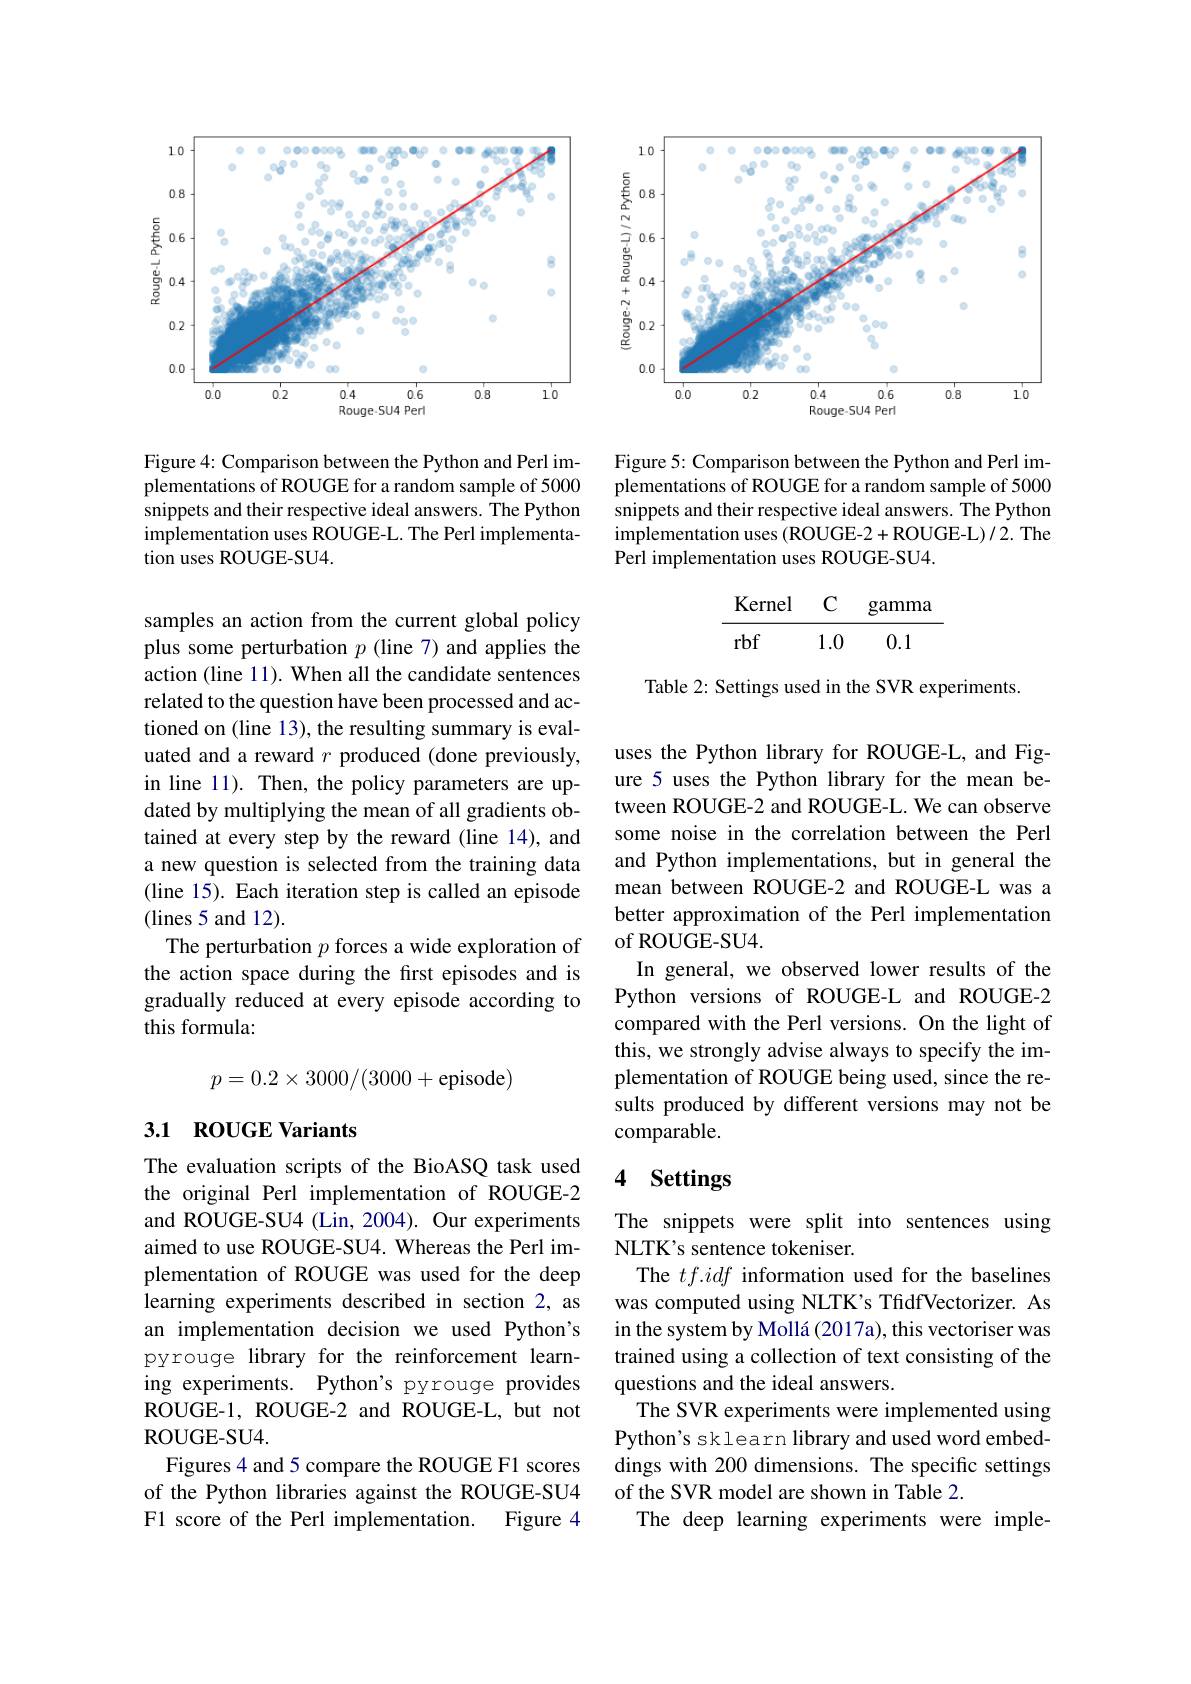
<FigureHere>

Figure 4: Comparison between the Python and Perl implementations of ROUGE for a random sample of 5000 snippets and their respective ideal answers. The Python $implementationusesROUGE-L.ThePerlimplementa-$ $\hat{\text{tion uses ROUGE-SU4.}}$

samples an action from the current global policy plus some perturbation $p$ (line 7) and applies the action (line 11). When all the candidate sentences related to the question have been processed and actioned on (line 13), the resulting summary is evaluated and a reward $r$ produced (done previously, in line 11). Then, the policy parameters are updated by multiplying the mean of all gradients obtained at every step by the reward (line 14), and a new question is selected from the training data (line 15). Each iteration step is called an episode (lines 5 and 12).
The perturbation $p$ forces a wide exploration of the action space during the first episodes and is gradually reduced at every episode according to this formula:
$$p=0.2\times3000/(3000+\mathrm{episode})$$
## 3.1 ROUGE Variants

The evaluation scripts of the BioASQ task used the original Perl implementation of ROUGE-2 and ROUGE-SU4 (Lin, 2004). Our experiments aimed to use ROUGE-SU4. Whereas the Perl implementation of ROUGE was used for the deep learning experiments described in section 2, as an implementation decision we used Python's pyrouge library for the reinforcement learning experiments. Python's pyrouge provides ROUGE-1, ROUGE-2 and ROUGE-L, but not ROUGE- SU4.
Figures 4 and 5 compare the ROUGE F1 scores of the Python libraries against the ROUGE-SU4 F1 score of the Perl implementation.
Figure 4

<FigureHere>

Figure 5: Comparison between the Python and Perl implementations of ROUGE for a random sample of 5000 snippets and their respective ideal answers. Îhe Python implementation uses (ROUGE-2+ROUGE-L)/2. The Perl implementation uses ROUGE-SU4.
$$\begin{array}{ccc}\text{Kernel}&\text{C}&\text{gamma}\\\hline\text{rbf}&1.0&0.1\end{array}$$
Table 2: Settings used in the SVR experiments.

uses the Python library for ROUGE-L, and Figure 5 uses the Python library for the mean between ROUGE-2 and ROUGE-L. We can observe some noise in the correlation between the Perl and Python implementations, but in general the mean between ROUGE-2 and ROUGE-L was a better approximation of the Perl implementation of ROUGE-SU4.
In general, we observed lower results of the Python versions of ROUGE-L and ROUGE-2 compared with the Perl versions. On the light of this, we strongly advise always to specify the implementation of ROUGE being used, since the results produced by different versions may not be comparable.

## 4 Settings

The snippets were split into sentences using
NLTK's sentence tokeniser.
The $tf.idf$ information used for the baselines was computed using NLTK's TfidfVectorizer. As in the system by Mollá (2017a), this vectoriser was trained using a collection of text consisting of the questions and the ideal answers.
The SVR experiments were implemented using Python's sklearn library and used word embeddings with 200 dimensions. The specific settings of the SVR model are shown in Table 2.
The deep learning experiments were imple-